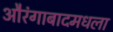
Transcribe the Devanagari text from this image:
औरंगाबादमधला